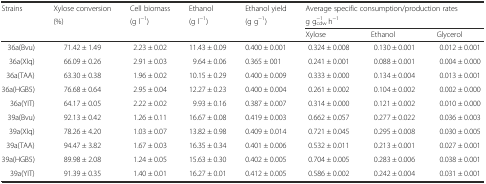
<table><thead><tr><td rowspan="3"><b>Strains</b></td><td><b>Xylose conversion</b></td><td><b>Cell biomass</b></td><td><b>Ethanol</b></td><td><b>Ethanol yield</b></td><td colspan="3"><b>Average specific consumption/production rates</b></td></tr><tr><td><b>(%)</b></td><td><b>(g l<sup>−1</sup>)</b></td><td><b>(g l<sup>−1</sup>)</b></td><td><b>(g g<sup>−1</sup>)</b></td><td colspan="3"><b>g g<sub>cdw</sub><sup>−1</sup> h<sup>−1</sup></b></td></tr><tr><td></td><td></td><td></td><td></td><td><b>Xylose</b></td><td><b>Ethanol</b></td><td><b>Glycerol</b></td></tr></thead><tbody><tr><td>36a(Bvu)</td><td>71.42 ± 1.49</td><td>2.23 ± 0.02</td><td>11.43 ± 0.09</td><td>0.400 ± 0.001</td><td>0.324 ± 0.008</td><td>0.130 ± 0.001</td><td>0.012 ± 0.001</td></tr><tr><td>36a(XIq)</td><td>66.09 ± 0.26</td><td>2.91 ± 0.03</td><td>9.64 ± 0.06</td><td>0.365 ± 001</td><td>0.241 ± 0.001</td><td>0.088 ± 0.001</td><td>0.004 ± 0.000</td></tr><tr><td>36a(TAA)</td><td>63.30 ± 0.38</td><td>1.96 ± 0.02</td><td>10.15 ± 0.29</td><td>0.400 ± 0.009</td><td>0.333 ± 0.000</td><td>0.134 ± 0.004</td><td>0.013 ± 0.001</td></tr><tr><td>36a(HGB5)</td><td>76.68 ± 0.64</td><td>2.95 ± 0.04</td><td>12.27 ± 0.23</td><td>0.400 ± 0.004</td><td>0.261 ± 0.002</td><td>0.104 ± 0.002</td><td>0.002 ± 0.000</td></tr><tr><td>36a(YIT)</td><td>64.17 ± 0.05</td><td>2.22 ± 0.02</td><td>9.93 ± 0.16</td><td>0.387 ± 0.007</td><td>0.314 ± 0.000</td><td>0.121 ± 0.002</td><td>0.010 ± 0.000</td></tr><tr><td>39a(Bvu)</td><td>92.13 ± 0.42</td><td>1.26 ± 0.11</td><td>16.67 ± 0.08</td><td>0.419 ± 0.003</td><td>0.662 ± 0.057</td><td>0.277 ± 0.022</td><td>0.036 ± 0.003</td></tr><tr><td>39a(XIq)</td><td>78.26 ± 4.20</td><td>1.03 ± 0.07</td><td>13.82 ± 0.98</td><td>0.409 ± 0.014</td><td>0.721 ± 0.045</td><td>0.295 ± 0.008</td><td>0.030 ± 0.005</td></tr><tr><td>39a(TAA)</td><td>94.47 ± 3.82</td><td>1.67 ± 0.03</td><td>16.35 ± 0.34</td><td>0.401 ± 0.006</td><td>0.532 ± 0.011</td><td>0.213 ± 0.001</td><td>0.027 ± 0.001</td></tr><tr><td>39a(HGB5)</td><td>89.98 ± 2.08</td><td>1.24 ± 0.05</td><td>15.63 ± 0.30</td><td>0.402 ± 0.005</td><td>0.704 ± 0.005</td><td>0.283 ± 0.006</td><td>0.038 ± 0.001</td></tr><tr><td>39a(YIT)</td><td>91.39 ± 0.35</td><td>1.40 ± 0.01</td><td>16.27 ± 0.01</td><td>0.412 ± 0.005</td><td>0.586 ± 0.002</td><td>0.242 ± 0.004</td><td>0.031 ± 0.001</td></tr></tbody></table>